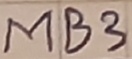
Text: MB3